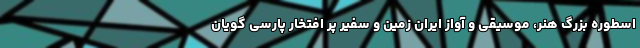
اسطوره بزرگ هنر، موسیقی و آواز ایران زمین و سفیر پر افتخار پارسی گویان